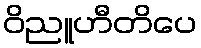
ဝိညူဟီတိပေ